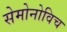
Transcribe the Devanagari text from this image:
सेमोनोविच